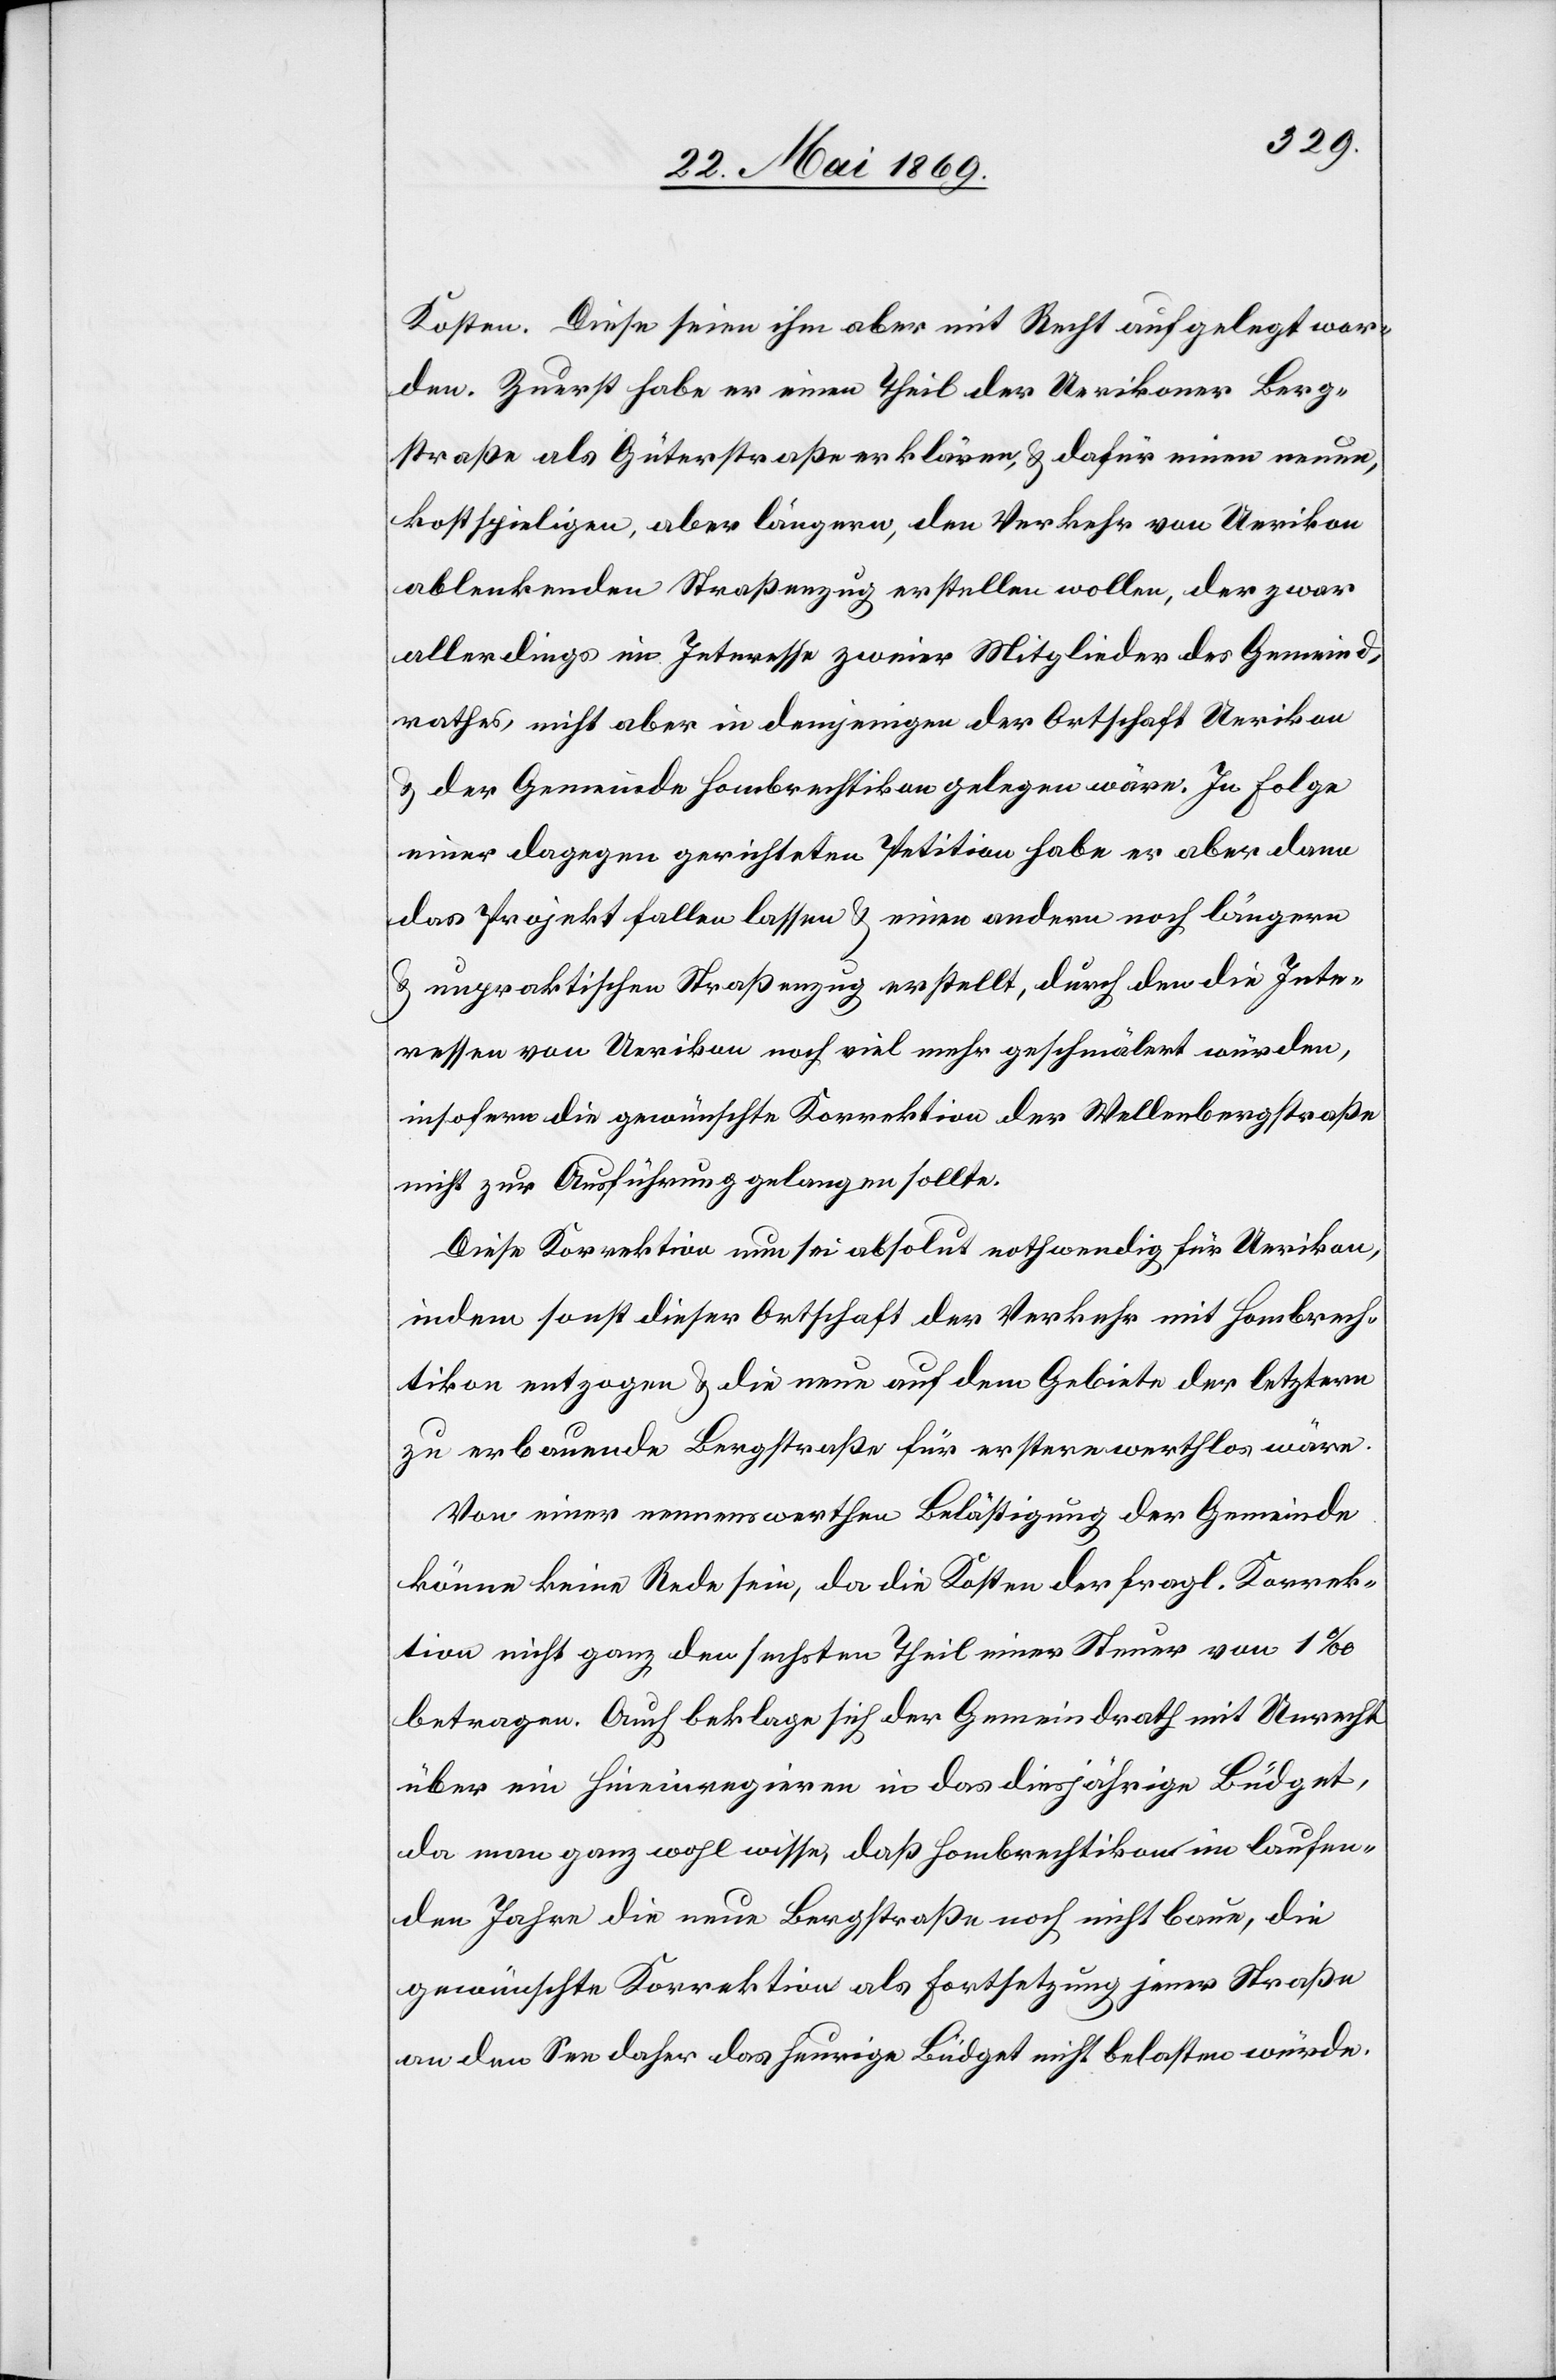
Kosten. Diese seien ihm aber mit Recht aufgelegt wor¬
den. Zuerst habe er einen Theil der Uerikoner Berg¬
straße als Güterstraße erklären, u. dafür einen neuen
kostspieligen, aber längern, den Verkehr von Uerikon
ablenkenden Straßenzug erstellen wollen, der zwar
allerdings im Interesse zweier Mitglieder des Gemeind¬
rathes, nicht aber in demjenigen der Ortschaft Uerikon
u. der Gemeinde Hombrechtikon gelegen wäre. In Folge
einer dagegen gerichteten Petition habe es aber dann
das Projekt fallen lassen u. einen andern noch längern
u. unpraktischen Straßenzug erstellt, durch den die Inte¬
ressen von Uerikon noch viel mehr geschmälert würden,
insofern die gewünschte Korrektion der Wellenbergstraße
nicht zur Ausführung gelangen sollte.
Diese Korrektion nun sei absolut nothwendig für Uerikon,
indem sonst dieser Ortschaft der Verkehr mit Hombrech¬
tikon entzogen u. die neue auf dem Gebiete der letztern
zu erbauende Bergstraße für erstere werthlos wäre.
Von einer nennenswerthen Belästigung der Gemeinde
könne keine Rede sein, da die Kosten der fragl. Korrek¬
tion nicht ganz den sechsten Theil einer Steuer von 1‰
betragen. Auch beklage sich der Gemeindrath mit Unrecht
über ein Hineinregieren in das diesjährige Büdget,
da man ganz wohl wisse, daß Hombrechtikon im laufen¬
den Jahre die neue Bergstraße noch nicht baue, die
gewünschte Korrektion als Fortsetzung jener Straße
an den See daher das heurige Büdget nicht belasten würde.